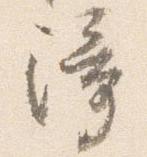
障